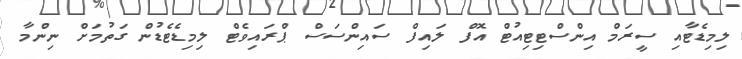
ލިމިޑެޓާއި ސީރަމް އިންސްޓިޓިއުޓް އޮފް ލައިފް ސައިންސަސް ޕްރައިވެޓް ލިމިޑެޓެޑުން ގަތުމަށް ނިންމާ